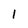
Character: 1